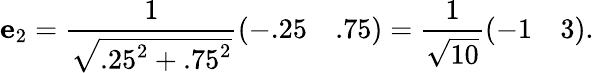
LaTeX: \mathbf{e}_{2}={\frac{1}{\sqrt{.25^{2}+.75^{2}}}}{\left(\begin{array}{ll}{-.25}&{.75}\end{array}\right)}={\frac{1}{\sqrt{10}}}{\left(\begin{array}{ll}{-1}&{3}\end{array}\right)}.